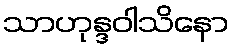
သာဟုန္ဒဝါသိနော